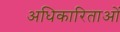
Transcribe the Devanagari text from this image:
अधिकारिताओं